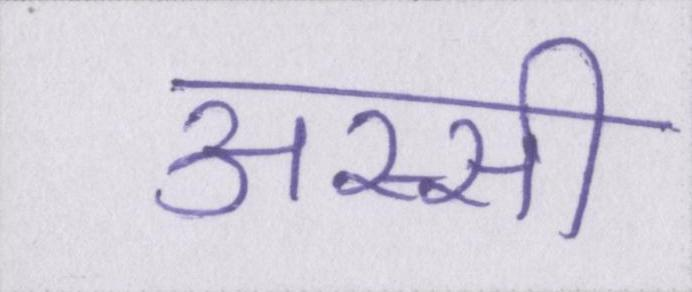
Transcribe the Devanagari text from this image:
अस्सी